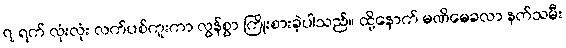
၇ ရက် လုံးလုံး လက်ပစ်ကူးကာ လွန်စွာ ကြိုးစားခဲ့ပါသည်။ ထို့နောက် မဏိမေခလာ နတ်သမီး